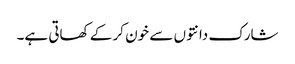
شارک دانتوں سے خون کر کے کھاتی ہے۔